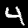
Digit: 4